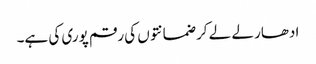
ادھار لے لے کر ضمانتوں کی رقم پوری کی ہے۔